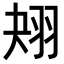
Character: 𦐋